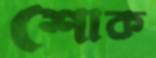
শোক